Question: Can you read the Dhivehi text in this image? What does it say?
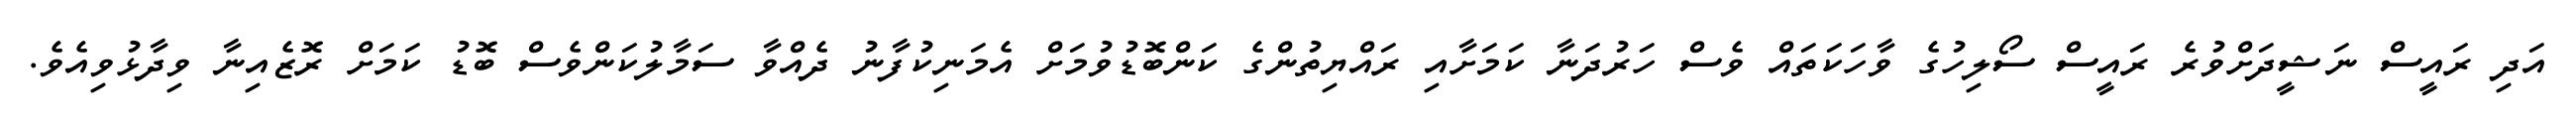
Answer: އަދި ރައީސް ނަޝީދަށްވުރެ ރައީސް ސޯލިހުގެ ވާހަކަތައް ވެސް ހަރުދަނާ ކަމަށާއި ރައްޔިތުންގެ ކަންބޮޑުވުމަށް އެމަނިކުފާނު ދެއްވާ ސަމާލުކަންވެސް ބޮޑު ކަމަށް ރޮޒެއިނާ ވިދާޅުވިއެވެ.